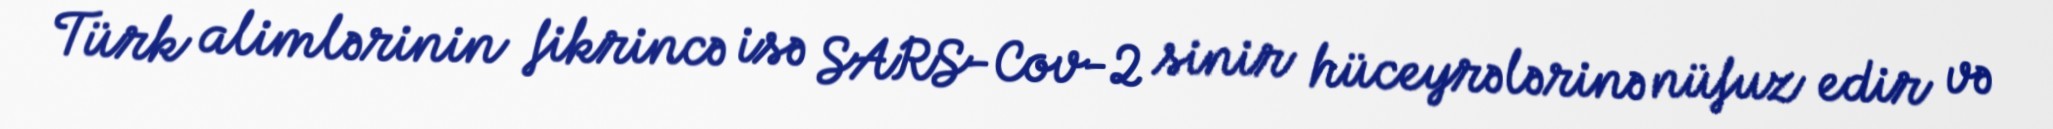
Türk alimlərinin fikrincə isə SARS-Cov-2 sinir hüceyrələrinə nüfuz edir və